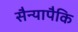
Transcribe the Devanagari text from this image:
सैन्यापैकि